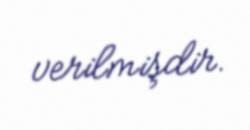
verilmişdir.